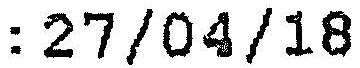
: 27/04/18